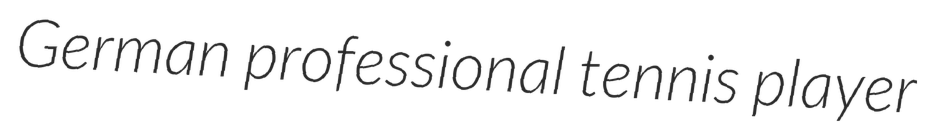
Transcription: German professional tennis player